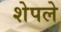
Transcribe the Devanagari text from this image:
शेपले